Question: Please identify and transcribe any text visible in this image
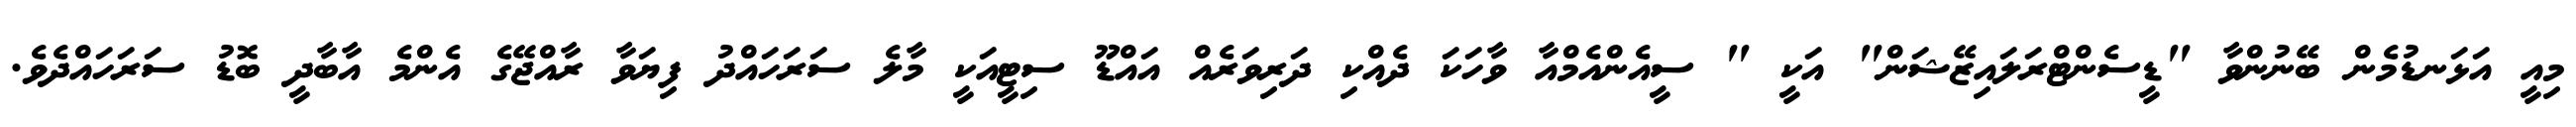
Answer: މިއީ އަޅަނޑުމެން ބޭނުންވާ "ޑީސެންޓްރަލައިޒޭޝަން" އަކީ " ސީއެންއެމްއާ ވާހަކަ ދެއްކި ދަރިވަރެއް އައްޑޫ ސިޓީއަކީ މާލެ ސަރަހައްދު ފިޔަވާ ރާއްޖޭގެ އެންމެ އާބާދީ ބޮޑު ސަރަހައްދެވެ.